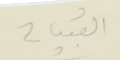
القبيات